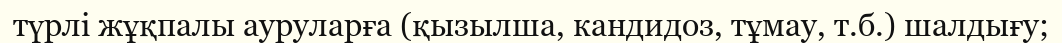
түрлі жұқпалы ауруларға (қызылша, кандидоз, тұмау, т.б.) шалдығу;